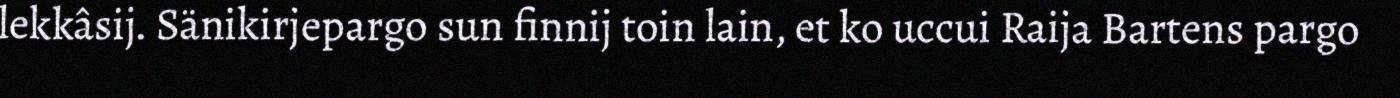
lekkâsij. Sänikirjepargo sun finnij toin lain, et ko uccui Raija Bartens pargo